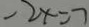
- 2 x = 7